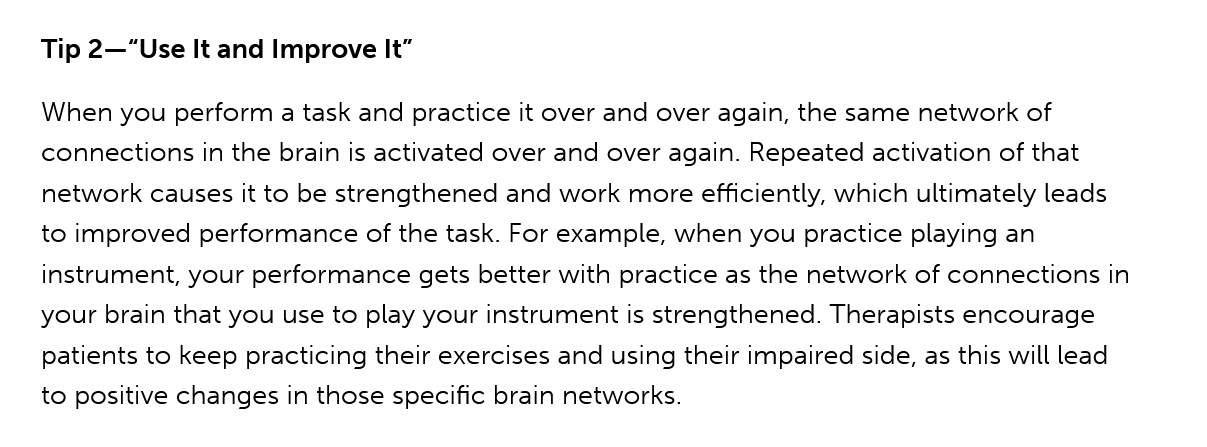
Tip 2—“Use It and Improve It”
    When you perform a task and practice it over and over again, the same network of
    connections in the brain is activated over and over again. Repeated activation of that
    network causes it to be strengthened and work more efficiently, which ultimately leads
    to improved performance of the task. For example, when you practice playing an
    instrument, your performance gets better with practice as the network of connections in
    your brain that you use to play your instrument is strengthened. Therapists encourage
    patients to keep practicing their exercises and using their impaired side, as this will lead
    to positive changes in those specific brain networks.